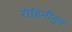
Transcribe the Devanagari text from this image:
रोहिनीतून